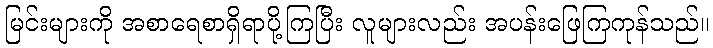
မြင်းများကို အစာရေစာရှိရာပို့ကြပြီး လူများလည်း အပန်းဖြေကြကုန်သည်။